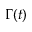
\Gamma ( t )